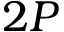
2 P